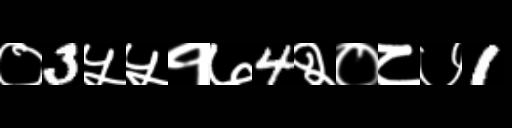
Text: ०3५५१७4२०८७1